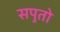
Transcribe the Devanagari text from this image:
सपुतो